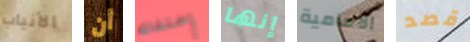
الأنياب أن إختفائه إنها الامامية قصد